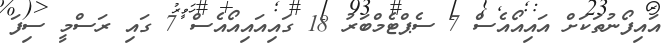
އައިފޯނުތަކަށް އައިއޯއެސް 7 ސެޕްޓެމްބަރު 18 ގައިއައިއޯއެސް 7 ގައި ރަސްމީ ސިފަ